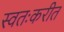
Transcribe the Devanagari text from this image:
स्वतःकरीत